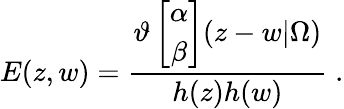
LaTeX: E(z,w)=\frac{\vartheta\left[\begin{array}{c}{{\alpha}}\\ {{\beta}}\end{array}\right](z-w|\Omega)}{h(z)h(w)}\; .